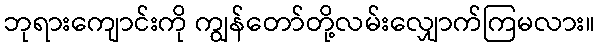
ဘုရားကျောင်းကို ကျွန်တော်တို့လမ်းလျှောက်ကြမလား။